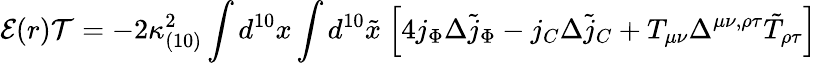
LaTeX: {\cal E}(r){\cal T}=-2\kappa_{(10)}^{2}\int d^{10}x\int d^{10}{\tilde{x}}\ \Bigl[4j_{\Phi}\Delta{\tilde{j}_{\Phi}}-j_{C}\Delta{\tilde{j}_{C}}+T_{\mu\nu}\Delta^{\mu\nu,\rho\tau}{\tilde{T}}_{\rho\tau}\Bigr]